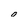
Character: 0